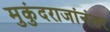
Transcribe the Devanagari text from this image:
मुकुंदराजांनंतर